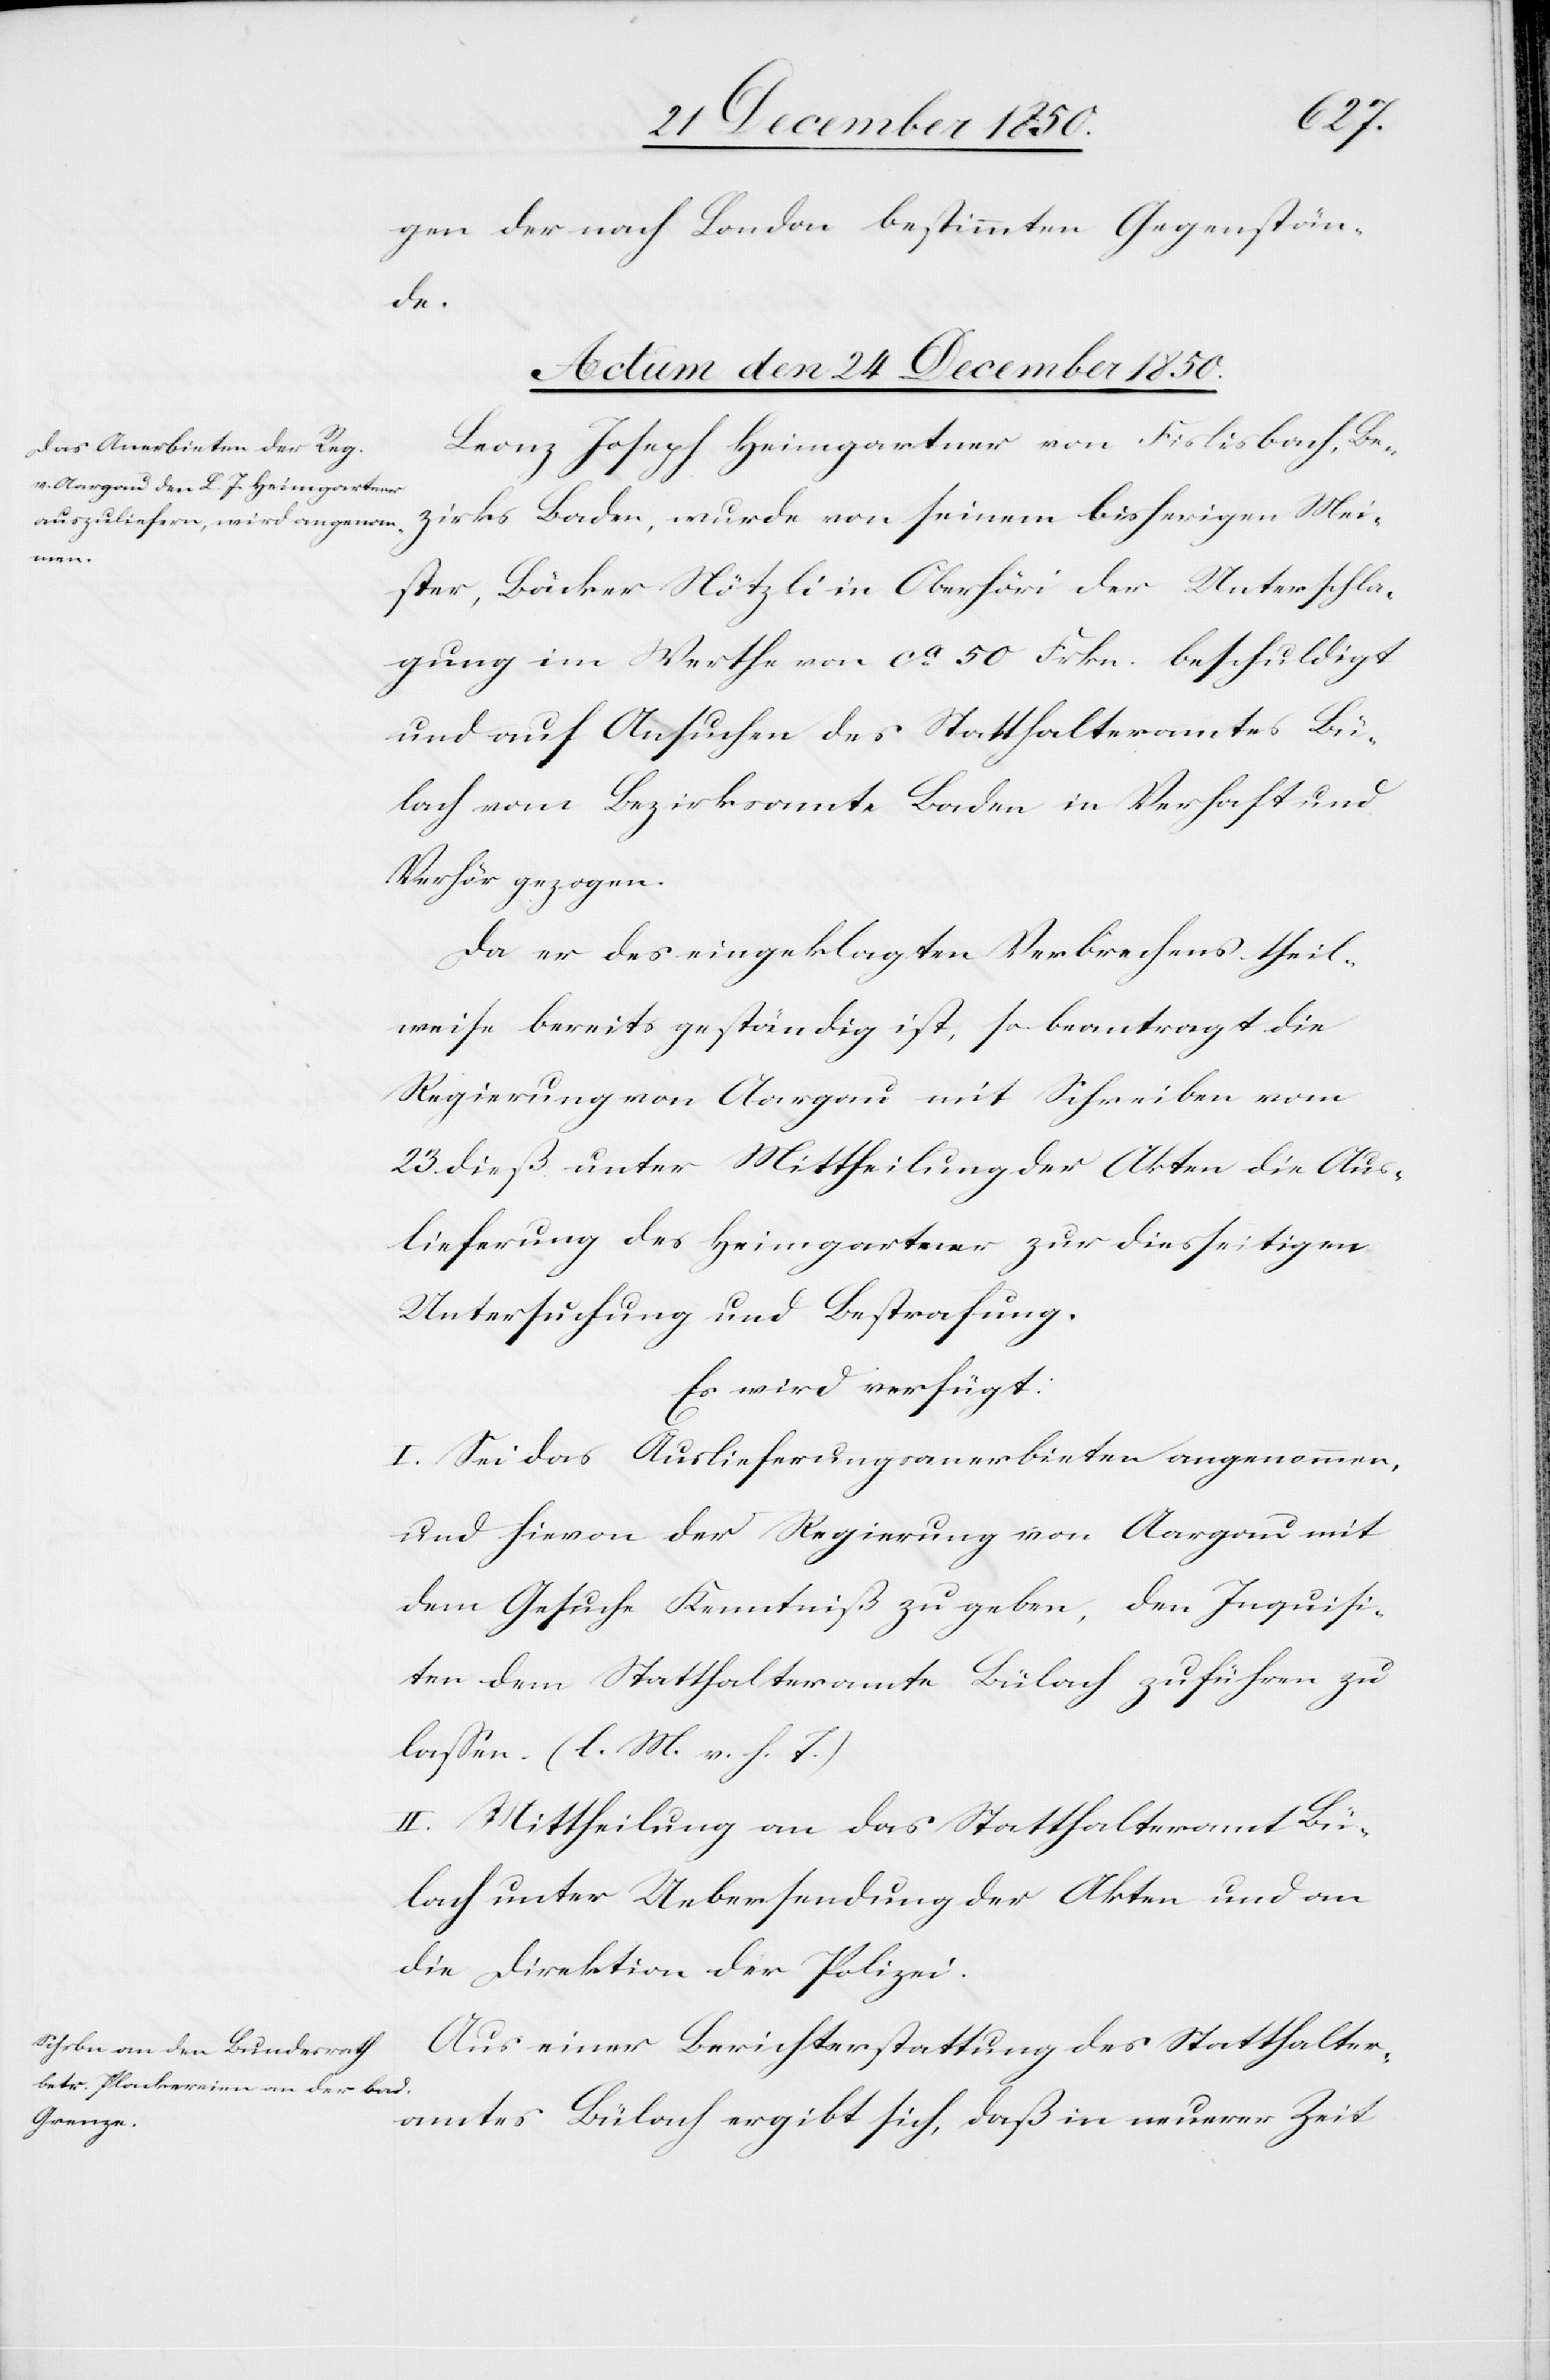
gen der nach London bestimmten Gegenstän¬
de.
Actum den 24 December 1850.]
Leonz Joseph Heimgartner von Fislisbach, Be¬
zirks Baden, wurde von seinem bisherigen Mei¬
ster, Bäcker Nötzli in Oberhöri der Unterschla¬
gung im Werthe von ca 50 Frkn. beschuldigt
und auf Ansuchen des Statthalteramtes Bü¬
lach vom Bezirksamte Baden in Verhaft und
Verhör gezogen.
Da er des eingeklagten Verbrechens theil¬
weise bereits geständig ist, so beantragt die
Regierung von Aargau mit Schreiben vom
23 dieß unter Mittheilung der Akten die Aus¬
lieferung des Heimgartner zur diesseitigen
Untersuchung und Bestrafung.
Es wird verfügt:
I. Sei das Auslieferungsanerbieten angenommen,
und hievon der Regierung von Aargau mit
dem Gesuche Kenntniß zu geben, den Inquisi¬
ten dem Statthalteramte Bülach zuführen zu
lassen. (l. M. v. h. T.)
II. Mittheilung an das Statthalteramt Bü¬
lach unter Uebersendung der Akten und an
die Direktion der Polizei.
Aus einer Berichterstattung des Statthalter¬
amtes Bülach ergibt sich, daß in neuerer Zeit